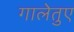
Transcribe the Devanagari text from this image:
गालेतुए